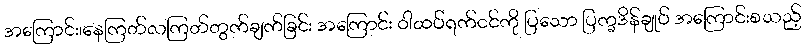
အကြောင်း၊နေကြတ်လကြတ်တွက်ချက်ခြင်း အကြောင်း ဝါထပ်ရက်ငင်ကို ပြသော ပြက္ခဒိန်ချုပ် အကြောင်းစသည့်